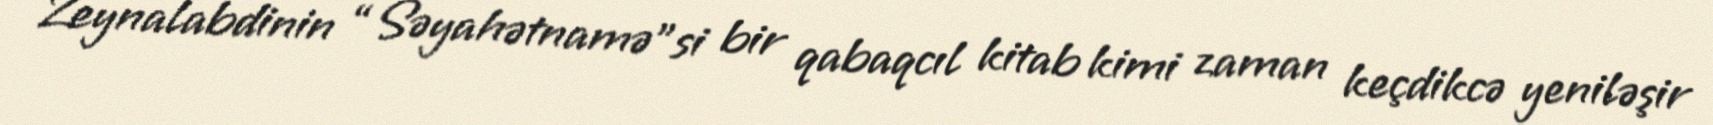
Zeynalabdinin “Səyahətnamə”si bir qabaqcıl kitab kimi zaman keçdikcə yeniləşir